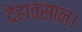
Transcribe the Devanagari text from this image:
देहावसान।